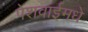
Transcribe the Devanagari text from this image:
पेशवाईमधे